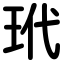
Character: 玳